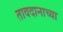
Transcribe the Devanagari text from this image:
तावदानाच्या